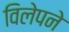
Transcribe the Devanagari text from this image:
विलेपने